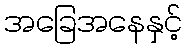
အခြေအနေနှင့်